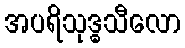
အပရိသုဒ္ဓသီလော